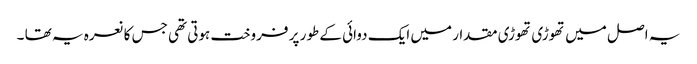
یہ اصل میں تھوڑی تھوڑی مقدار میں ایک دوائی کے طور پر فروخت ہوتی تھی جس کا نعرہ یہ تھا ۔